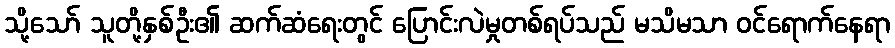
သို့သော် သူတို့နှစ်ဦး၏ ဆက်ဆံရေးတွင် ပြောင်းလဲမှုတစ်ရပ်သည် မသိမသာ ဝင်ရောက်နေရာ